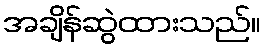
အချိန်ဆွဲထားသည်။